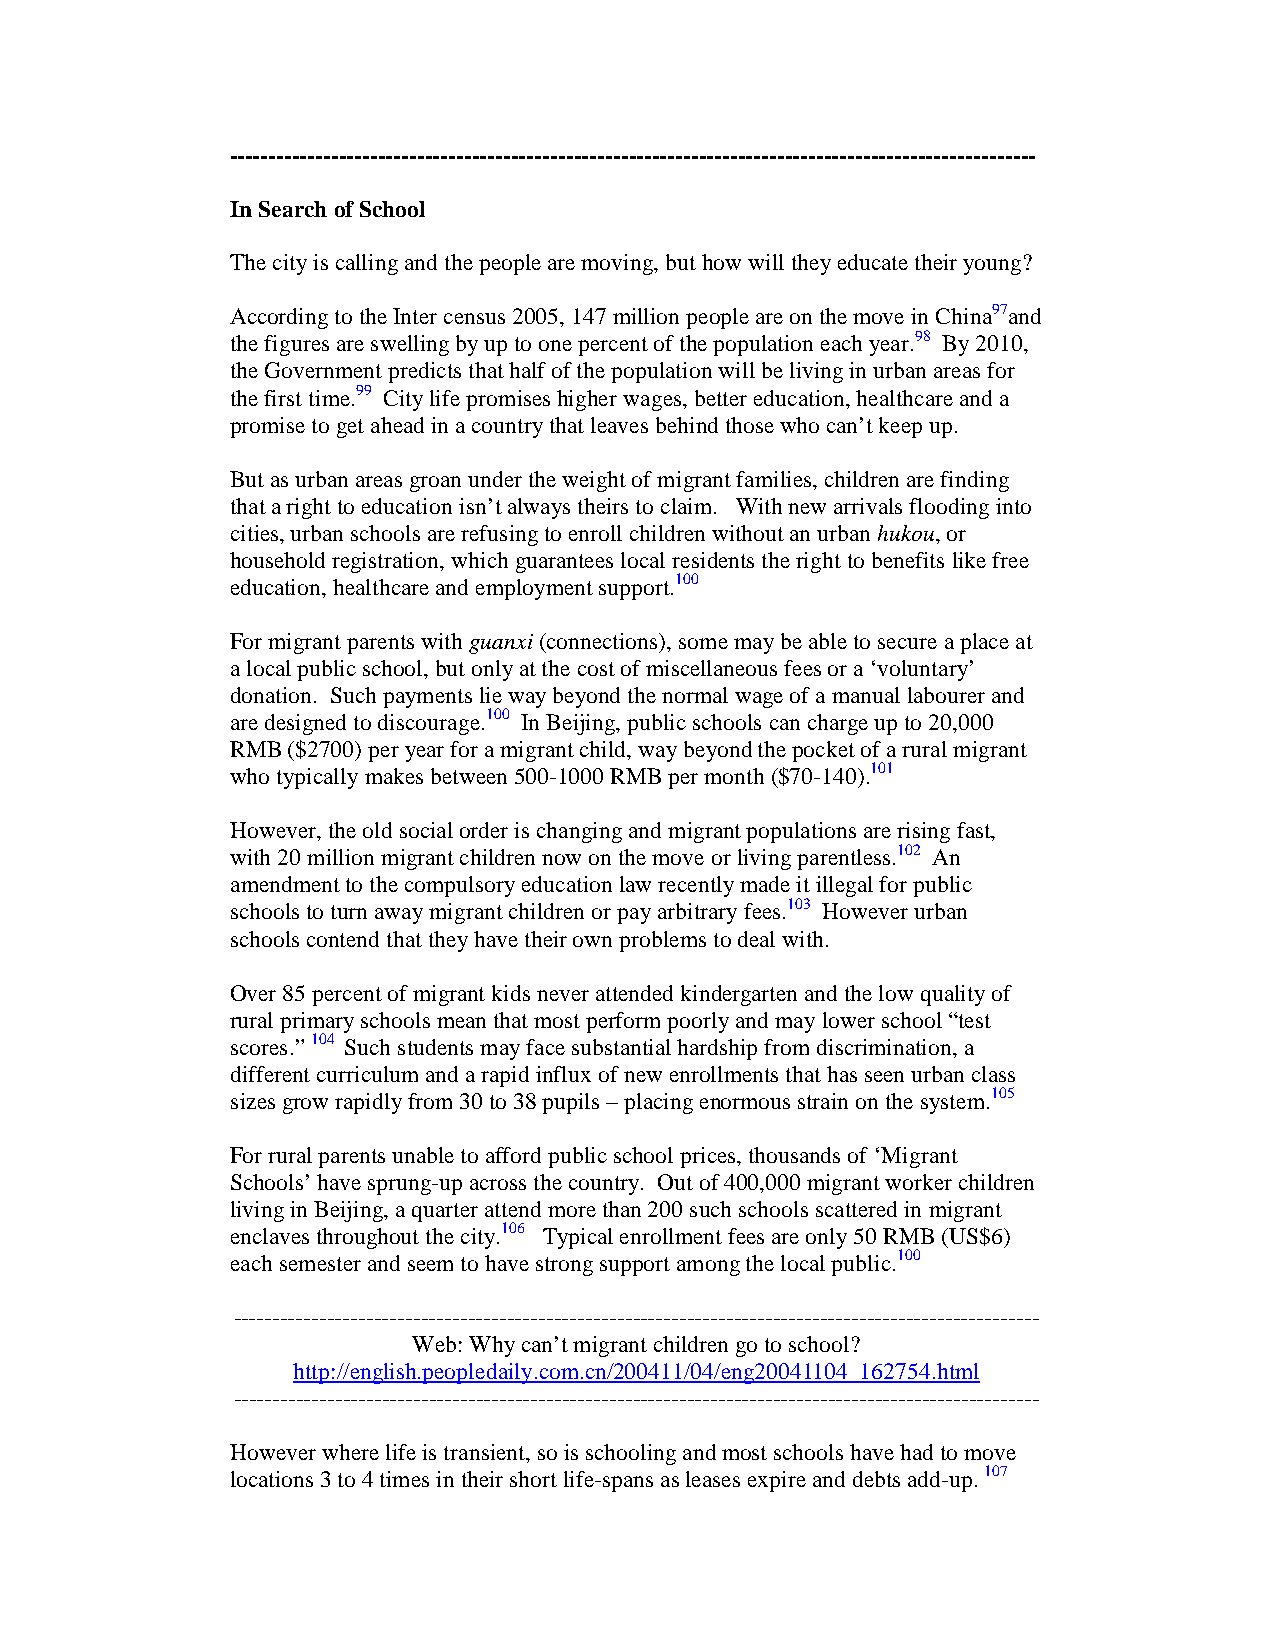
-------------------------------------------------------------------------------------------------------
 In Search of School
 The city is calling and the people are moving, but how will they educate their young?
 According to the Inter census 2005, 147 million people are on the move in China97and
 the figures are swelling by up to one percent of the population each year.98 By 2010,
 the Government predicts that half of the population will be living in urban areas for
 the first time.99 City life promises higher wages, better education, healthcare and a
 promise to get ahead in a country that leaves behind those who can’t keep up.
 But as urban areas groan under the weight of migrant families, children are finding
 that a right to education isn’t always theirs to claim. With new arrivals flooding into
 cities, urban schools are refusing to enroll children without an urban hukou, or
 household registration, which guarantees local residents the right to benefits like free
 education, healthcare and employment support.100
 For migrant parents with guanxi (connections), some may be able to secure a place at
 a local public school, but only at the cost of miscellaneous fees or a ‘voluntary’
 donation. Such payments lie way beyond the normal wage of a manual labourer and
 are designed to discourage.100 In Beijing, public schools can charge up to 20,000
 RMB ($2700) per year for a migrant child, way beyond the pocket of a rural migrant
 who typically makes between 500-1000 RMB per month ($70-140).101
 However, the old social order is changing and migrant populations are rising fast,
 with 20 million migrant children now on the move or living parentless.102 An
 amendment to the compulsory education law recently made it illegal for public
 schools to turn away migrant children or pay arbitrary fees.103 However urban
 schools contend that they have their own problems to deal with.
 Over 85 percent of migrant kids never attended kindergarten and the low quality of
 rural primary schools mean that most perform poorly and may lower school “test
 scores.” 104 Such students may face substantial hardship from discrimination, a
 different curriculum and a rapid influx of new enrollments that has seen urban class
 sizes grow rapidly from 30 to 38 pupils – placing enormous strain on the system.105
 For rural parents unable to afford public school prices, thousands of ‘Migrant
 Schools’ have sprung-up across the country. Out of 400,000 migrant worker children
 living in Beijing, a quarter attend more than 200 such schools scattered in migrant
 enclaves throughout the city.106 Typical enrollment fees are only 50 RMB (US$6)
 each semester and seem to have strong support among the local public.100
 -------------------------------------------------------------------------------------------------------
 Web: Why can’t migrant children go to school?
 http://english.peopledaily.com.cn/200411/04/eng20041104_162754.html
 -------------------------------------------------------------------------------------------------------
 However where life is transient, so is schooling and most schools have had to move
 locations 3 to 4 times in their short life-spans as leases expire and debts add-up. 107